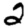
Digit: 2